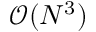
\mathcal { O } ( N ^ { 3 } )